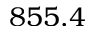
8 5 5 . 4